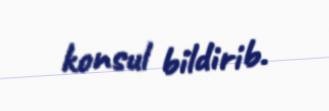
konsul bildirib.